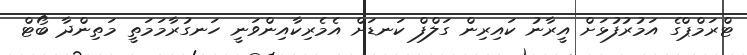
ޓްރަމްޕްގެ އަމުރުފުޅަށް އީރާނު ކައިރިން ގަލްފް ކަނޑަށް އެމެރިކާއިންވަނީ ހަނގުރާމަމަތީ މަތިންދާ ބޯޓް